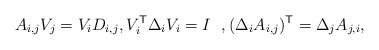
\begin{align*}A_{i,j}V_j=V_iD_{i,j}, V_i^{\mathsf{T}}\Delta_iV_i=I \ \ , (\Delta_iA_{i,j})^{\mathsf{T}}=\Delta_jA_{j,i},\end{align*}